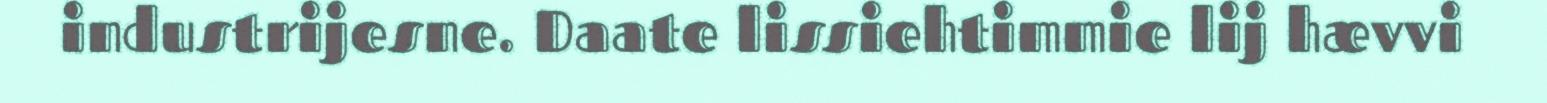
industrijesne. Daate lissiehtimmie lij hævvi